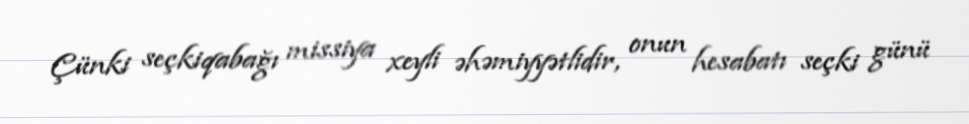
Çünki seçkiqabağı missiya xeyli əhəmiyyətlidir, onun hesabatı seçki günü